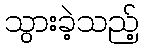
သွားခဲ့သည့်